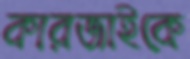
কারজাইকে